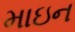
માઇન